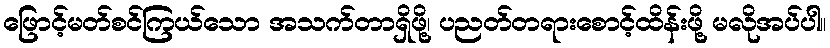
ဖြောင့်မတ်စင်ကြယ်သော အသက်တာရှိဖို့၊ ပညတ်တရားစောင့်ထိန်းဖို့ မလိုအပ်ပါ။